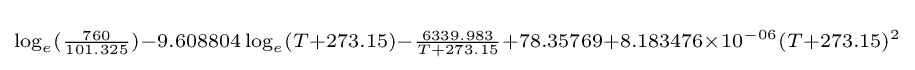
\scriptstyle \log _{e}({\frac {760}{101.325}})-9.608804\log _{e}(T+273.15)-{\frac {6339.983}{T+273.15}}+78.35769+8.183476\times 10^{-06}(T+273.15)^{2}